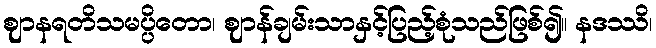
ဈာနရတိသမပ္ပိတော၊ ဈာန်ချမ်းသာနှင့်ပြည့်စုံသည်ဖြစ်၍။ နဒဿိ၊